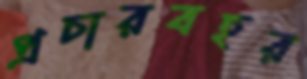
প্রচারবহর